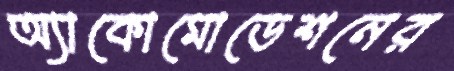
অ্যাকোমোডেশনের